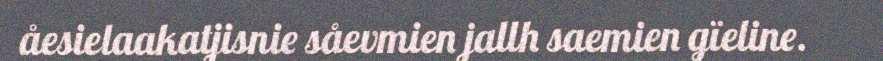
åesielaakatjisnie såevmien jallh saemien gïeline.